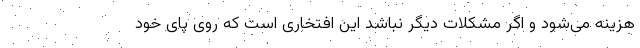
هزینه می‌شود و اگر مشکلات دیگر نباشد این افتخاری است که روی پای خود